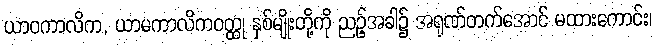
ယာဝကာလိက, ယာမကာလိကဝတ္ထု နှစ်မျိုးတို့ကို ညဉ့်အခါ၌ အရုဏ်တက်အောင် မထားကောင်း၊